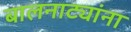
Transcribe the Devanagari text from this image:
बालनाट्यांना